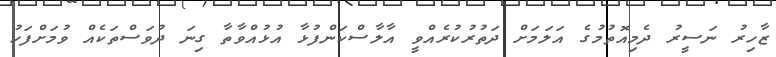
ޒާހިރު ނަސީރު ދެމިއޮތުމުގެ އަލަމަށް ދަތުރުކުރެއްވީ އާލާސްކަންފުޅާ އުޅުއްވާތާ ގިނަ ދުވަސްތަކެއް ވުމަށްފަހު